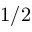
1 / 2